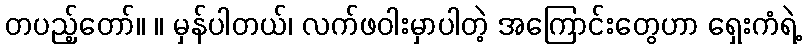
တပည့်တော်။ ။ မှန်ပါတယ်၊ လက်ဖဝါးမှာပါတဲ့ အကြောင်းတွေဟာ ရှေးကံရဲ့